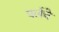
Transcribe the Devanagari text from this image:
पर्लचे